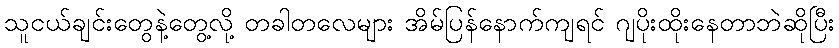
သူငယ်ချင်းတွေနဲ့တွေ့လို့ တခါတလေများ အိမ်ပြန်နောက်ကျရင် ဂျပိုးထိုးနေတာဘဲဆိုပြီး